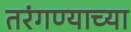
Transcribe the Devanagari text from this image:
तरंगण्याच्या